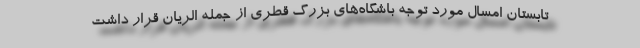
تابستان امسال مورد توجه باشگاه‌های بزرگ قطری از جمله الریان قرار داشت